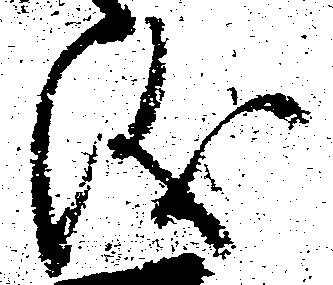
儀